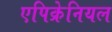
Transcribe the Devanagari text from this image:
एपिक्रेनियल